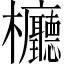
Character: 𣡹